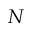
N